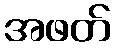
အဖတ်